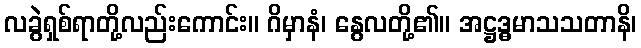
လခွဲရှစ်ရာတို့လည်းကောင်း။ ဂိမှာနံ၊ နွေလတို့၏။ အဋ္ဌဒ္ဓမာသသတာနိ၊